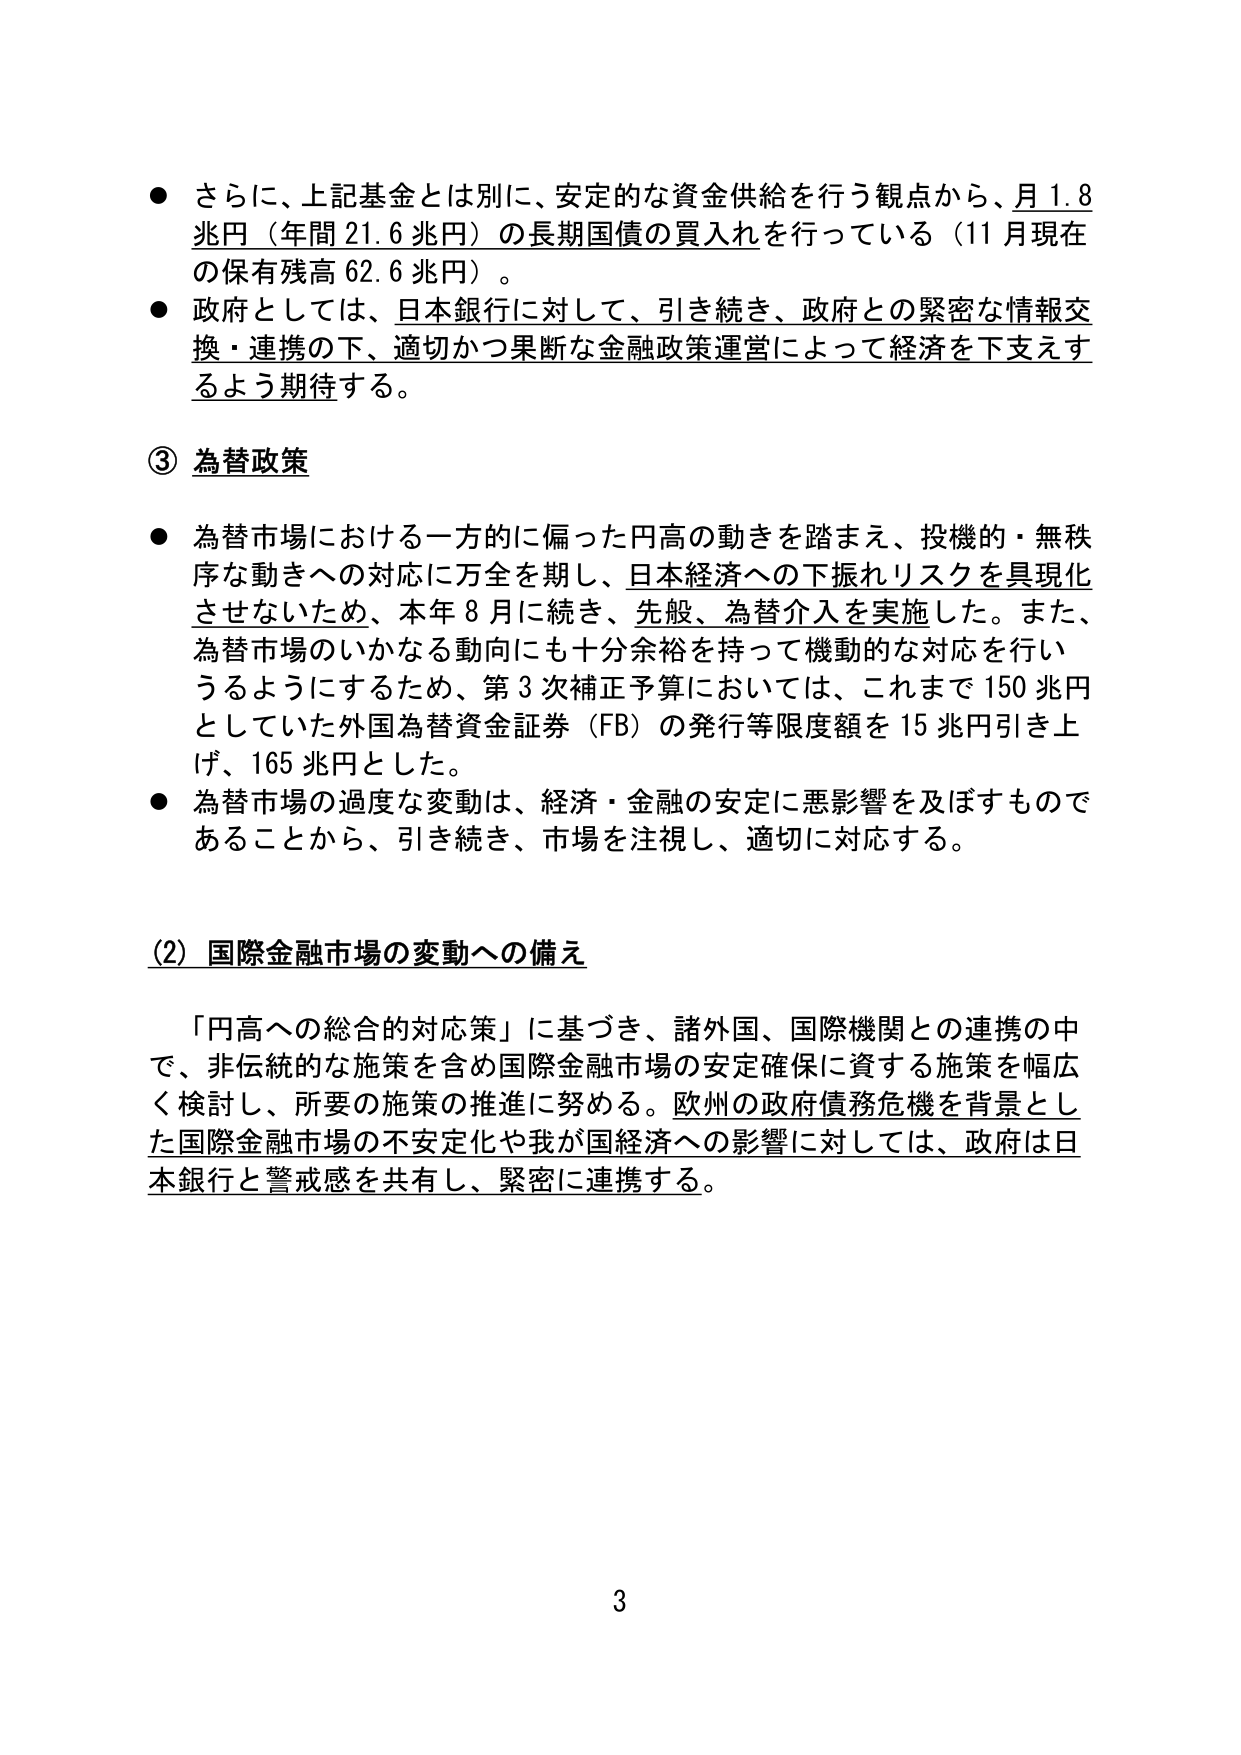
● さらに、上記基金とは別に、安定的な資金供給を行う観点から、月1.8兆円（年間21.6兆円）の長期国債の買入れを行っている（11月現在の保有残高62.6兆円）。

● 政府としては、日本銀行に対して、引き続き、政府との緊密な情報交換・連携の下、適切かつ果断な金融政策運営によって経済を下支えするよう期待する。

③ 為替政策

● 為替市場における一方的に偏った円高の動きを踏まえ、投機的・無秩序な動きへの対応に万全を期し、日本経済への下振れリスクを具現化させないため、本年8月に続き、先般、為替介入を実施した。また、為替市場のいかなる動向にも十分余裕を持って機動的な対応を行いうるようにするため、第3次補正予算においては、これまで150兆円としていた外国為替資金証券（FB）の発行等限度額を15兆円引き上げ、165兆円とした。

● 為替市場の過度な変動は、経済・金融の安定に悪影響を及ぼすものであることから、引き続き、市場を注視し、適切に対応する。

(2) 国際金融市場の変動への備え

「円高への総合的対応策」に基づき、諸外国、国際機関との連携の中で、非伝統的な施策を含め国際金融市場の安定確保に資する施策を幅広く検討し、所要の施策の推進に努める。欧州の政府債務危機を背景とした国際金融市場の不安定化や我が国経済への影響に対しては、政府は日本銀行と警戒感を共有し、緊密に連携する。

3